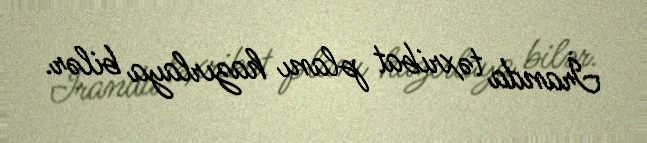
İranda təxribat planı hazırlaya bilər.